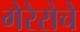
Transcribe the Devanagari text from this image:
गेरेरोचे